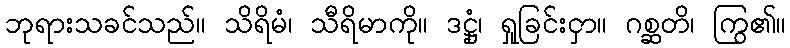
ဘုရားသခင်သည်။ သိရိမံ၊ သီရိမာကို။ ဒဋ္ဌုံ၊ ရှုခြင်းငှာ။ ဂစ္ဆတိ၊ ကြွ၏။